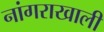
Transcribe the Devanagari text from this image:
नांगराखाली